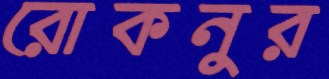
রোকনুর